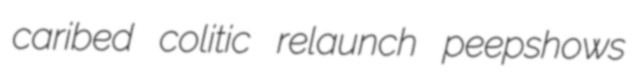
caribed colitic relaunch peepshows